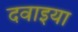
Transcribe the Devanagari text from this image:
दवाइया